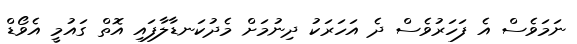
ނަމަވެސް އެ ފަހަރުވެސް ދެ އަހަރަކު ދިނުމަށް މެދުކަނޑާލާފައި އޮތް ގައުމީ އެވޯޑް